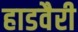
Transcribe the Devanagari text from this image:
हाडवैरी